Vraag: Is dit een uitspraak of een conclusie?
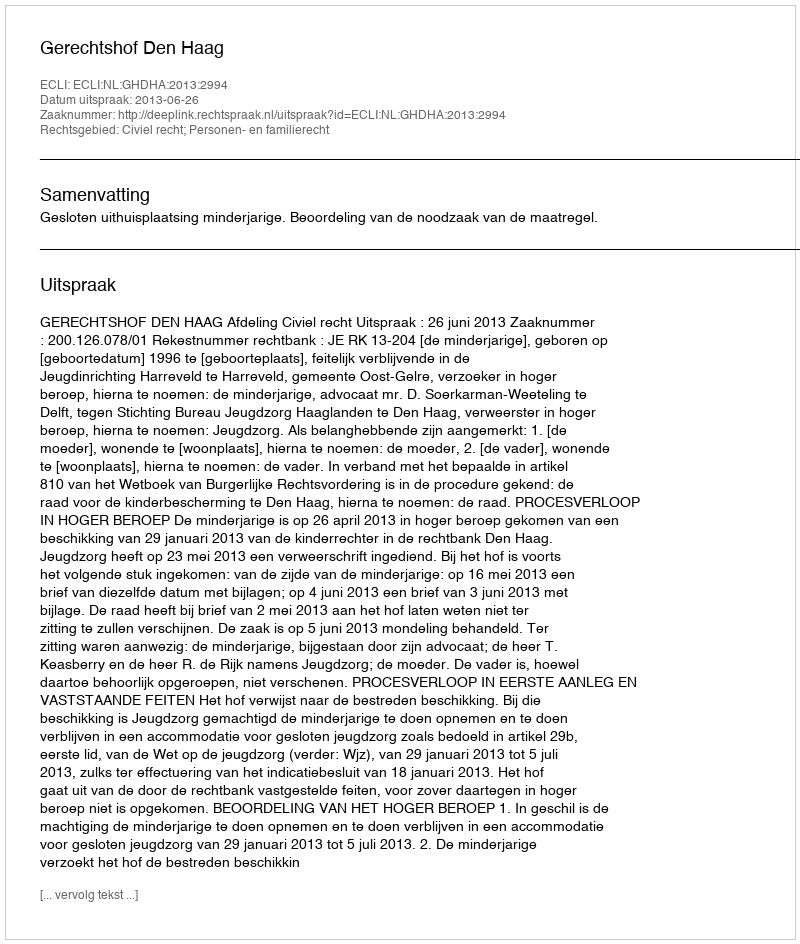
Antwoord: Uitspraak